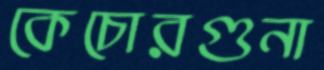
কেচোরগুনা